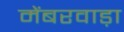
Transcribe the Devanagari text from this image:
मेंबरवाड़ा